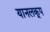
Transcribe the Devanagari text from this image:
यानलकूप